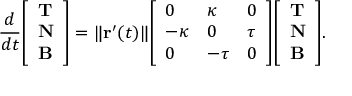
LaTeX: { \frac { d } { d t } } { \left[ \begin{array} { l } { \mathbf { T } } \\ { \mathbf { N } } \\ { \mathbf { B } } \end{array} \right] } = \| \mathbf { r } ^ { \prime } ( t ) \| { \left[ \begin{array} { l l l } { 0 } & { \kappa } & { 0 } \\ { - \kappa } & { 0 } & { \tau } \\ { 0 } & { - \tau } & { 0 } \end{array} \right] } { \left[ \begin{array} { l } { \mathbf { T } } \\ { \mathbf { N } } \\ { \mathbf { B } } \end{array} \right] } .